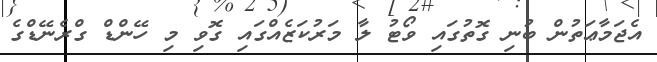
އެޖަމާޢަތުން ބުނި ގޮތުގައި ވޯޓު ލާ މަރުކަޒެއްގައި ގޮވި މި ހޭންޑް ގްރެނޭޑްގެ